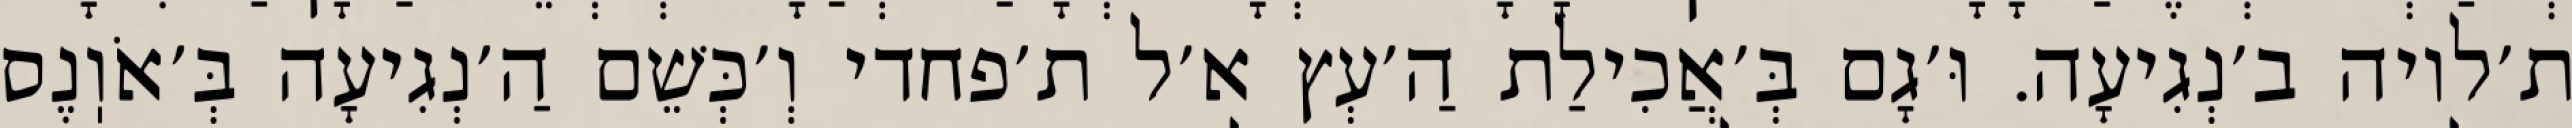
ת׳לויה ב׳נְגִיעָה. וּ׳גָם בְּ׳אֲכִילַת הַ׳עְץ א׳ל ת׳פחדי וְ׳כְּשֵׁם הַ׳נְגִיעָה בְּ׳אֹוֽנֶס